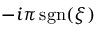
- i \pi \operatorname { s g n } ( \xi )